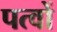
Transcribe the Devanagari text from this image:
पत्वों